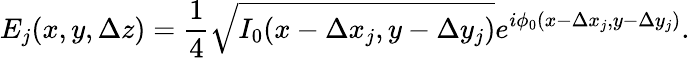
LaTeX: E_{j}(x,y,\Delta z)=\frac{1}{4}\sqrt{I_{0}(x-\Delta x_{j},y-\Delta y_{j})}e^{i\phi_{0}(x-\Delta x_{j},y-\Delta y_{j})}.